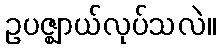
ဥပဇ္ဈာယ်လုပ်သလဲ။